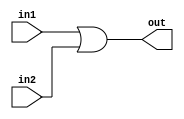
/* Module: or (or gate)
 * Description: ors 2 numbers together
 * Parameters: L1 - length of inputs
 */

module orGate     #(parameter L1 = 8)
                    
                    (input  [L1-1:0] in1,
                    input  [L1-1:0] in2,
                    output wire [L1-1:0] out);
                    
  assign out = in1 | in2;
endmodule